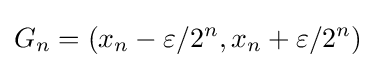
G_{n}=(x_{n}-\varepsilon /2^{n},x_{n}+\varepsilon /2^{n})